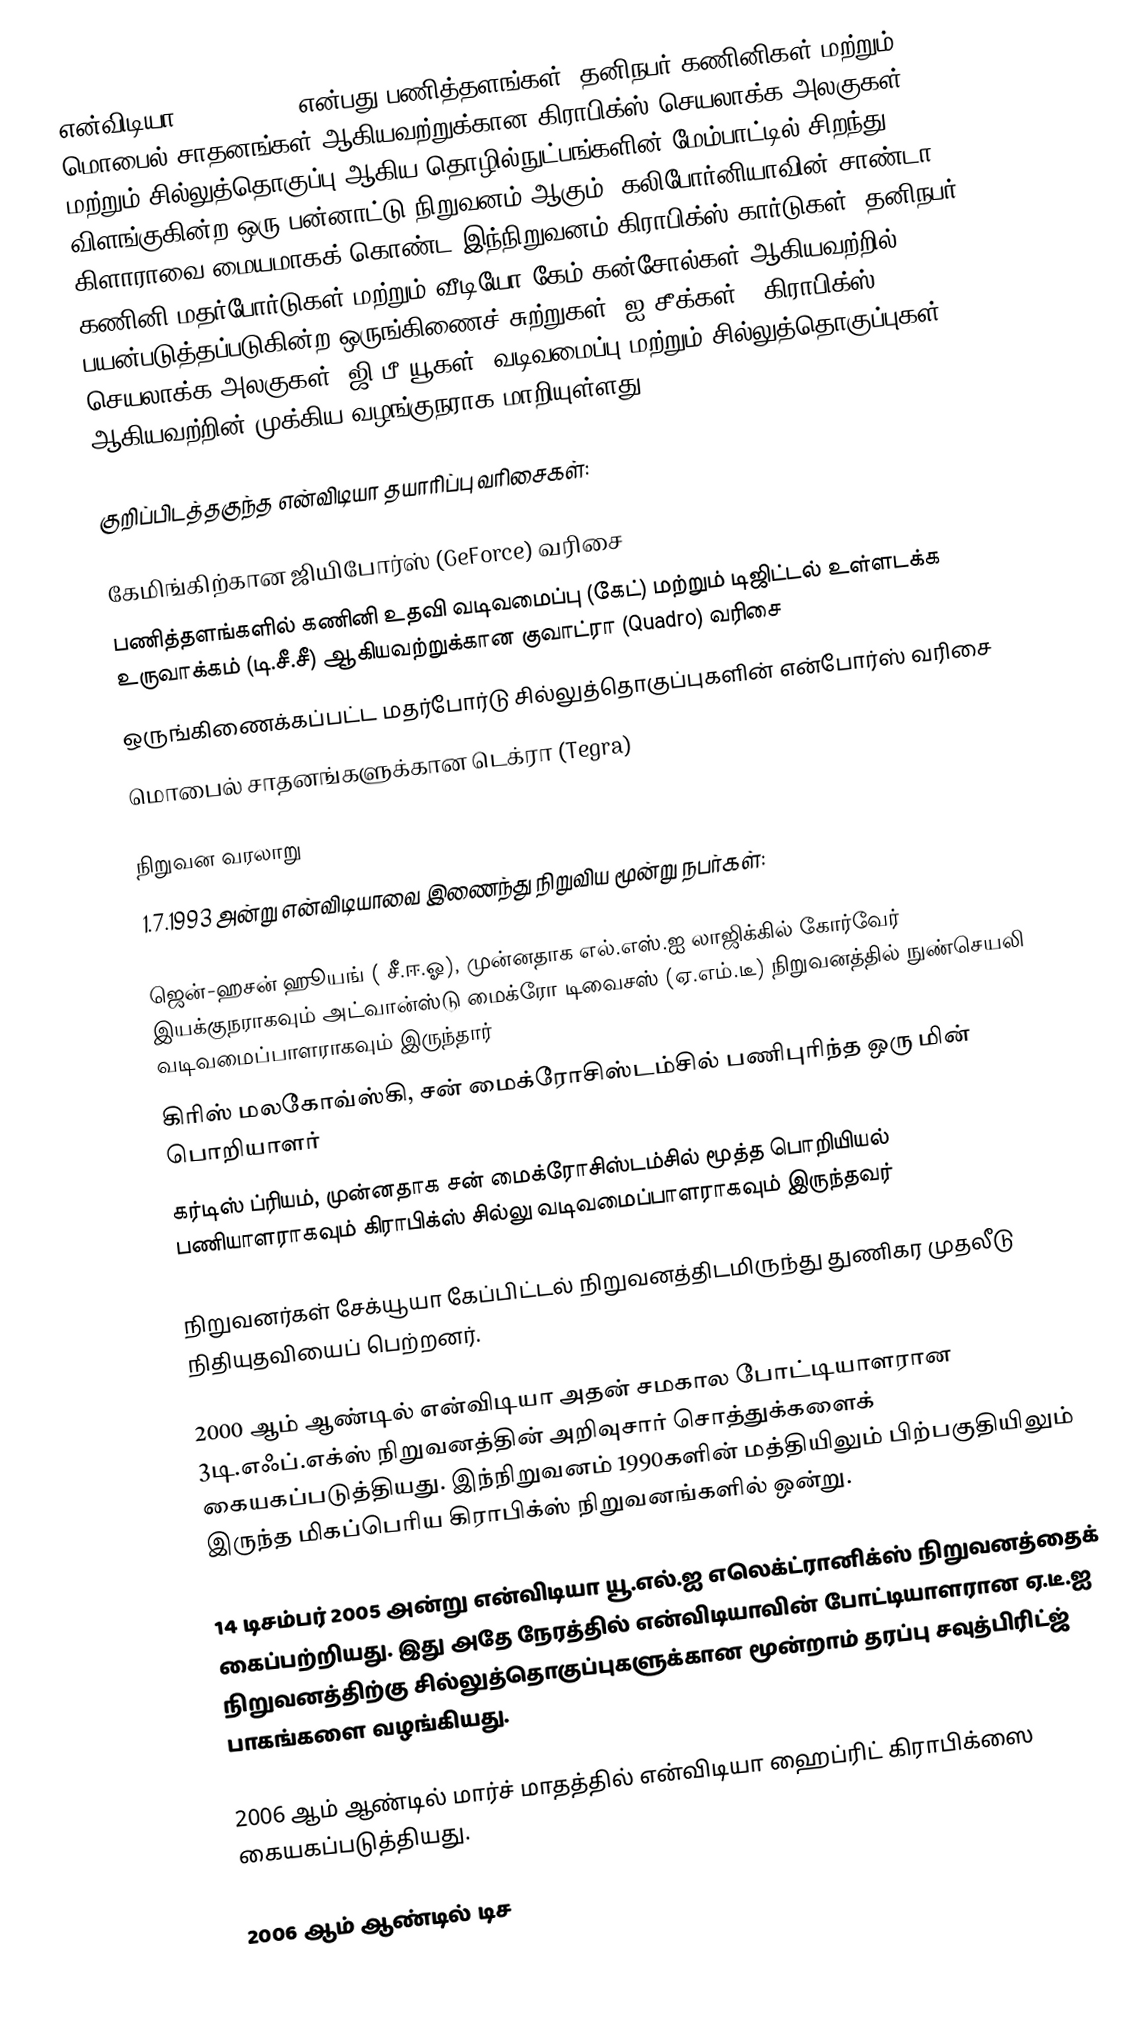
என்விடியா  (Nvidia) () என்பது பணித்தளங்கள், தனிநபர் கணினிகள் மற்றும் மொபைல் சாதனங்கள் ஆகியவற்றுக்கான கிராபிக்ஸ் செயலாக்க அலகுகள் மற்றும் சில்லுத்தொகுப்பு ஆகிய தொழில்நுட்பங்களின் மேம்பாட்டில் சிறந்து விளங்குகின்ற ஒரு பன்னாட்டு நிறுவனம் ஆகும். கலிபோர்னியாவின் சாண்டா கிளாராவை மையமாகக் கொண்ட இந்நிறுவனம் கிராபிக்ஸ் கார்டுகள், தனிநபர் கணினி மதர்போர்டுகள் மற்றும் வீடியோ கேம் கன்சோல்கள் ஆகியவற்றில் பயன்படுத்தப்படுகின்ற ஒருங்கிணைச் சுற்றுகள் (ஐ.சீக்கள்), கிராபிக்ஸ் செயலாக்க அலகுகள் (ஜி.பீ.யூகள்) வடிவமைப்பு மற்றும் சில்லுத்தொகுப்புகள் ஆகியவற்றின் முக்கிய வழங்குநராக மாறியுள்ளது.

குறிப்பிடத்தகுந்த என்விடியா தயாரிப்பு வரிசைகள்:

 கேமிங்கிற்கான ஜியிபோர்ஸ் (GeForce) வரிசை
 பணித்தளங்களில் கணினி உதவி வடிவமைப்பு (கேட்) மற்றும் டிஜிட்டல் உள்ளடக்க உருவாக்கம் (டி.சீ.சீ) ஆகியவற்றுக்கான குவாட்ரா (Quadro) வரிசை
 ஒருங்கிணைக்கப்பட்ட மதர்போர்டு சில்லுத்தொகுப்புகளின் என்போர்ஸ் வரிசை
 மொபைல் சாதனங்களுக்கான டெக்ரா (Tegra)

நிறுவன வரலாறு
1.7.1993 அன்று என்விடியாவை இணைந்து நிறுவிய மூன்று நபர்கள்:

 ஜென்-ஹசன் ஹூயங் ( சீ.ஈ.ஓ), முன்னதாக எல்.எஸ்.ஐ லாஜிக்கில் கோர்வேர் இயக்குநராகவும் அட்வான்ஸ்டு மைக்ரோ டிவைசஸ் (ஏ.எம்.டீ) நிறுவனத்தில் நுண்செயலி வடிவமைப்பாளராகவும் இருந்தார்
 கிரிஸ் மலகோவ்ஸ்கி, சன் மைக்ரோசிஸ்டம்சில் பணிபுரிந்த ஒரு மின் பொறியாளர்
 கர்டிஸ் ப்ரியம், முன்னதாக சன் மைக்ரோசிஸ்டம்சில் மூத்த பொறியியல் பணியாளராகவும் கிராபிக்ஸ் சில்லு வடிவமைப்பாளராகவும் இருந்தவர்

நிறுவனர்கள் சேக்யூயா கேப்பிட்டல் நிறுவனத்திடமிருந்து துணிகர முதலீடு நிதியுதவியைப் பெற்றனர்.

2000 ஆம் ஆண்டில் என்விடியா அதன் சமகால போட்டியாளரான 3டி.எஃப்.எக்ஸ் நிறுவனத்தின் அறிவுசார் சொத்துக்களைக் கையகப்படுத்தியது. இந்நிறுவனம் 1990களின் மத்தியிலும் பிற்பகுதியிலும் இருந்த மிகப்பெரிய கிராபிக்ஸ் நிறுவனங்களில் ஒன்று.

14 டிசம்பர் 2005 அன்று என்விடியா யூ.எல்.ஐ எலெக்ட்ரானிக்ஸ் நிறுவனத்தைக் கைப்பற்றியது. இது அதே நேரத்தில் என்விடியாவின் போட்டியாளரான ஏ.டீ.ஐ நிறுவனத்திற்கு சில்லுத்தொகுப்புகளுக்கான மூன்றாம் தரப்பு சவுத்பிரிட்ஜ் பாகங்களை வழங்கியது.

2006 ஆம் ஆண்டில் மார்ச் மாதத்தில் என்விடியா ஹைப்ரிட் கிராபிக்ஸை கையகப்படுத்தியது.

2006 ஆம் ஆண்டில் டிச